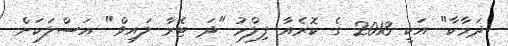
ދަމާކާ" އަކީ 2013 ގެ ކޮރެއާ ފިލްމު "ދަ ޓެރާ ލައިވް" އަސްލަކަށް